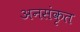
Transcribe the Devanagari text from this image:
अनसंकृत